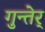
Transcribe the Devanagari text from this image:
गुन्तेर्